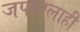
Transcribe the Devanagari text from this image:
जपानलाही